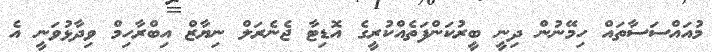
މުއައްސަސާތައް ހިމޭނުން ދިނީ ބީރުކަންފަތެއްކުރީގެ އޮޑިޓާ ޖެނެރަލް ނިޔާޒް އިބްރާހިމް ވިދާޅުވަނީ އެ